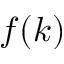
f ( k )